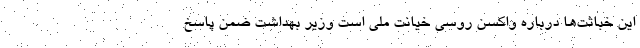
این خباثت‌ها درباره واکسن روسی خیانت ملی است وزیر بهداشت ضمن پاسخ